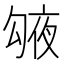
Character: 𠅱